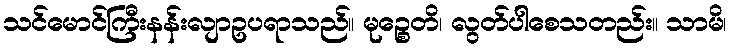
သင်မောင်ကြီးနန်းလျာဥပရာသည်။ မုဉ္စေတိ၊ လွတ်ပါစေသတည်း။ သာမိ၊